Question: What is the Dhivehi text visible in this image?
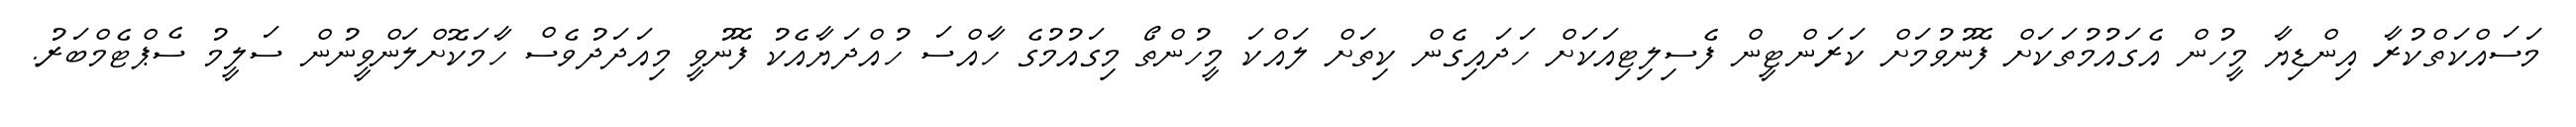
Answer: މަސައްކަތްކުރާ އިންޑިޔާ މީހުން އެގައުމުތަކަށް ފޮނުވުމަށް ކަރަންޓީން ފެސިލިޓިއަކަށް ހަދައިގެން ކިތަށް ލައްކަ މީހުންތޯ މިގައުމުގެ ހާއްސަ ހުއްދަޔާއެކު ފޮނުވީ މިއަދަދުވެސް ހާމަކޮށްލަންވީނުން ސަލީމު ސެޕްޓެމްބަރު.